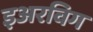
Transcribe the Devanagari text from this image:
इअरविग